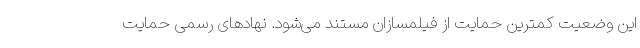
این وضعیت کمترین حمایت از فیلمسازان مستند می‌شود. نهادهای رسمی حمایت